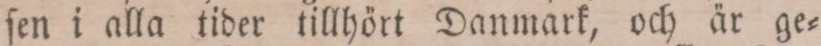
ſen i alla tider tillhört Danmark, och är ge=